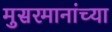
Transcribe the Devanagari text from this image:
मुसरमानांच्या